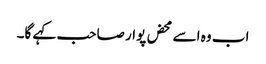
اب وہ اسے محض پوار صاحب کہے گا۔